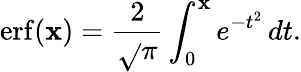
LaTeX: \operatorname{erf}(\mathbf{x})={\frac{{2}}{{\sqrt{}{{\pi}}}}}\int_{0}^{\mathbf{x}}e^{-t^{2}}\, dt.